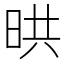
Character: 晎